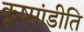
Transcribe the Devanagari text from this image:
कूष्मांडीति